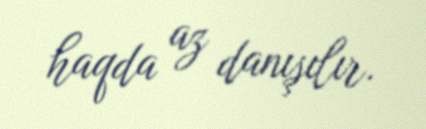
haqda az danışılır.